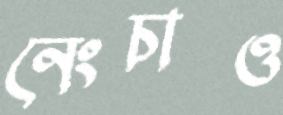
নেংচাও